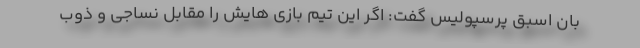
بان اسبق پرسپولیس گفت: اگر این تیم بازی هایش را مقابل نساجی و ذوب